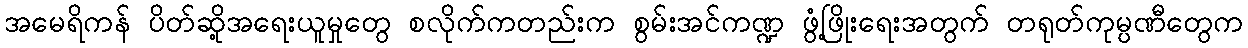
အမေရိကန် ပိတ်ဆို့အရေးယူမှုတွေ စလိုက်ကတည်းက စွမ်းအင်ကဏ္ဍ ဖွံ့ဖြိုးရေးအတွက် တရုတ်ကုမ္ပဏီတွေက